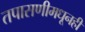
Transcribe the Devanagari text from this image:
तपासणीमधूनही